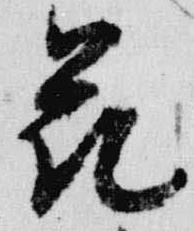
花